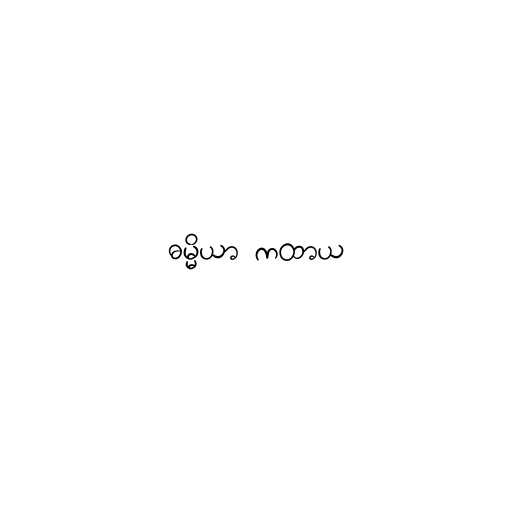
ဓမ္မိယာ ကထာယ